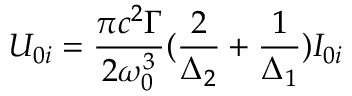
U _ { 0 i } = \frac { \pi c ^ { 2 } \Gamma } { 2 \omega _ { 0 } ^ { 3 } } ( \frac { 2 } { \Delta _ { 2 } } + \frac { 1 } { \Delta _ { 1 } } ) I _ { 0 i }